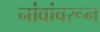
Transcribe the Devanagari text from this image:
नांवांवरून